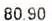
80.90